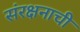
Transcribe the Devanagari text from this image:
संरक्षनाची